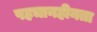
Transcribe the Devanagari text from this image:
पहचानहीनता